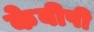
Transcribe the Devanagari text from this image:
केबीपी